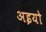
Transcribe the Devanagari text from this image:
अइयो